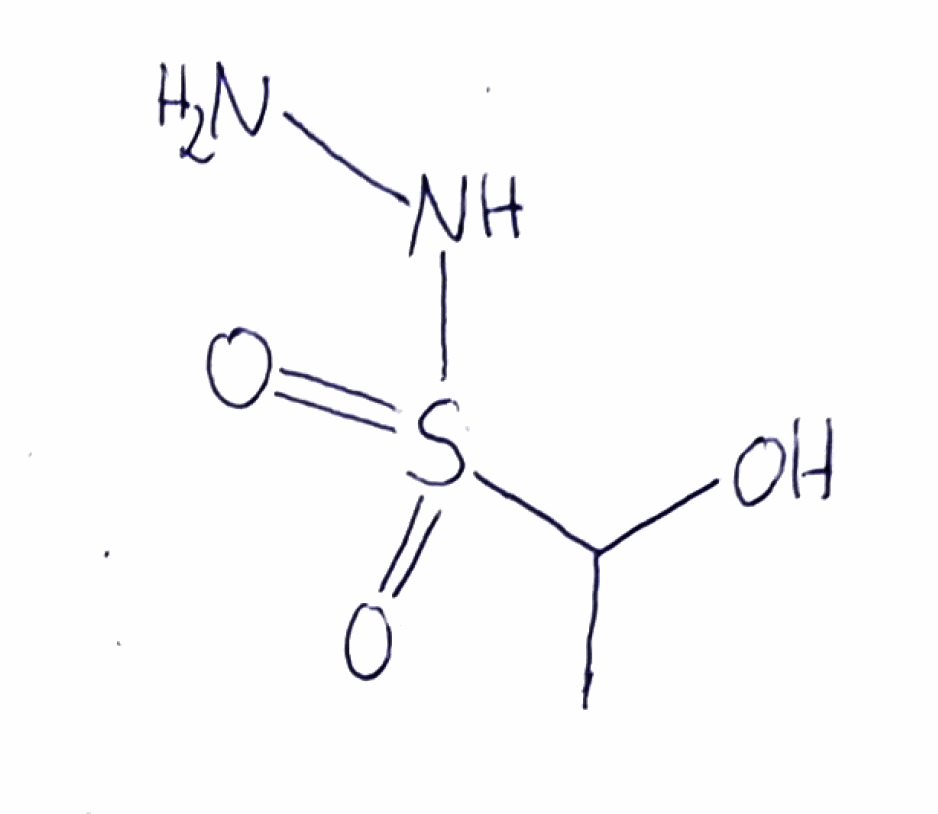
Simplified molecular-input line-entry system (SMILES) notation of the given molecule:
CC(O)S(=O)(=O)NN